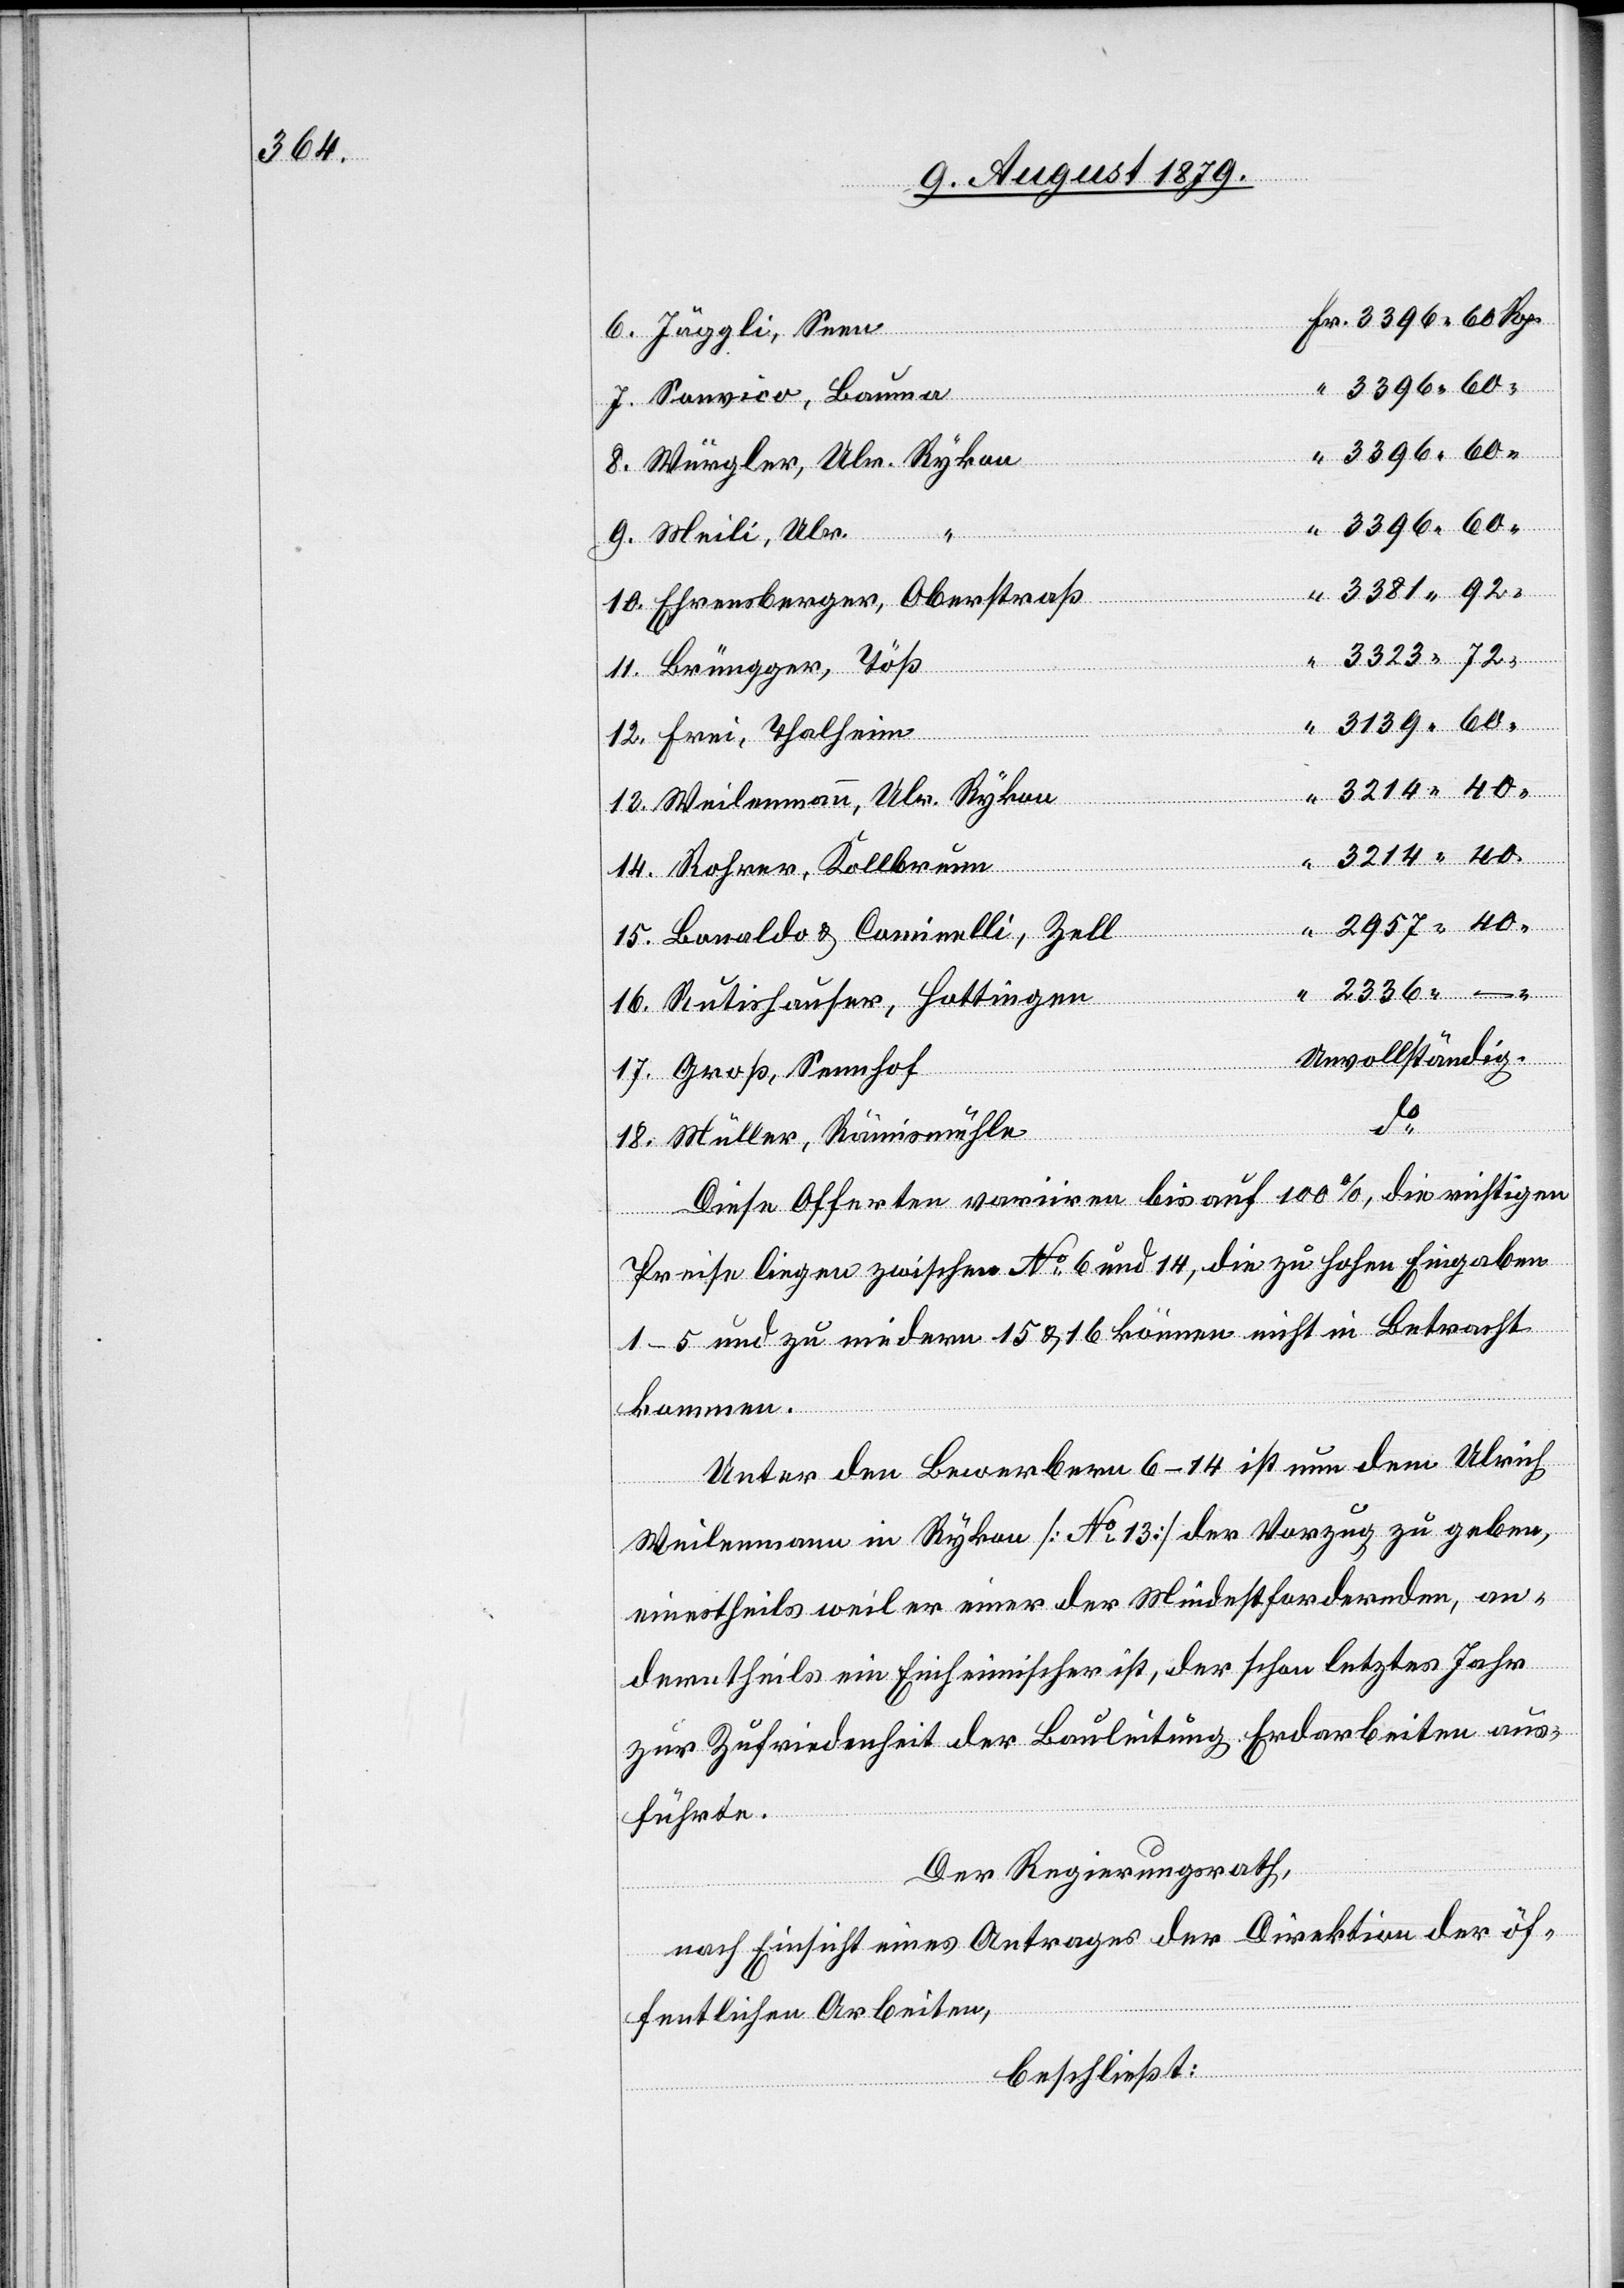
Jäggli, Seen
Würgler, Ulr. Rykon
–
18.
14.
Rohrer,
11.
Ehrensberger, Oberstraß
40
Frei, Thalheim
6.
Weilenmann, Ulr. Rykon
Bauma
Lonaldo & Corinelli, Zell
Rutishauser, Hottingen
unvollständig
Groß, Sennhof
Müller, Rämismühle
Diese Offerten variiren bis auf 100%, die richtigen
Preise liegen zwischen No 6 und 14, die zu hohen Eingaben
1–5 und zu mindern 15 & 16 können nicht in Betracht
kommen.
Unter den Bewerbern 6–14 ist nun dem Ulrich
Weilenmann in Rykon [No 13] der Vorzug zu geben,
einestheils weil er einer der Mindestfordernden, an¬
derntheils ein Einheimischer ist, der schon letztes Jahr
zur Zufriedenheit der Bauleitung Erdarbeiten aus¬
führte.
Der Regierungsrath,
nach Einsicht eines Antrages der Direktion der öf¬
fentlichen Arbeiten,
beschließt: